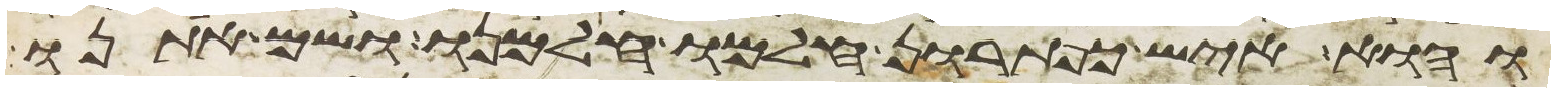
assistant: והוא איש כפתרון חלמו חלמנו ושם אתנו